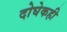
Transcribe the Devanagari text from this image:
दोघेकही